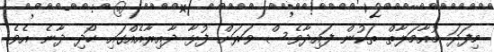
މިފަދަ މުއާމަލާތް ތަކުން ފައިދާވެސް ވަރަށް ފުޅާ ދާއިރާއެއްގައި ހޯދި ދާނެ އެވެ.